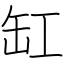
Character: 缸